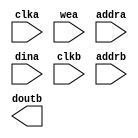
module fot_rst_bram(
  clka,
  wea,
  addra,
  dina,
  clkb,
  addrb,
  doutb
);

input clka;
input [0 : 0] wea;
input [10 : 0] addra;
input [4 : 0] dina;
input clkb;
input [10 : 0] addrb;
output [4 : 0] doutb;

// synthesis translate_off

  BLK_MEM_GEN_V6_1 #(
    .C_ADDRA_WIDTH(11),
    .C_ADDRB_WIDTH(11),
    .C_ALGORITHM(1),
    .C_AXI_ID_WIDTH(4),
    .C_AXI_SLAVE_TYPE(0),
    .C_AXI_TYPE(1),
    .C_BYTE_SIZE(9),
    .C_COMMON_CLK(0),
    .C_DEFAULT_DATA("0"),
    .C_DISABLE_WARN_BHV_COLL(0),
    .C_DISABLE_WARN_BHV_RANGE(0),
    .C_FAMILY("spartan6"),
    .C_HAS_AXI_ID(0),
    .C_HAS_ENA(0),
    .C_HAS_ENB(0),
    .C_HAS_INJECTERR(0),
    .C_HAS_MEM_OUTPUT_REGS_A(0),
    .C_HAS_MEM_OUTPUT_REGS_B(0),
    .C_HAS_MUX_OUTPUT_REGS_A(0),
    .C_HAS_MUX_OUTPUT_REGS_B(0),
    .C_HAS_REGCEA(0),
    .C_HAS_REGCEB(0),
    .C_HAS_RSTA(0),
    .C_HAS_RSTB(0),
    .C_HAS_SOFTECC_INPUT_REGS_A(0),
    .C_HAS_SOFTECC_OUTPUT_REGS_B(0),
    .C_INIT_FILE_NAME("no_coe_file_loaded"),
    .C_INITA_VAL("0"),
    .C_INITB_VAL("0"),
    .C_INTERFACE_TYPE(0),
    .C_LOAD_INIT_FILE(0),
    .C_MEM_TYPE(1),
    .C_MUX_PIPELINE_STAGES(0),
    .C_PRIM_TYPE(1),
    .C_READ_DEPTH_A(2048),
    .C_READ_DEPTH_B(2048),
    .C_READ_WIDTH_A(5),
    .C_READ_WIDTH_B(5),
    .C_RST_PRIORITY_A("CE"),
    .C_RST_PRIORITY_B("CE"),
    .C_RST_TYPE("SYNC"),
    .C_RSTRAM_A(0),
    .C_RSTRAM_B(0),
    .C_SIM_COLLISION_CHECK("ALL"),
    .C_USE_BYTE_WEA(0),
    .C_USE_BYTE_WEB(0),
    .C_USE_DEFAULT_DATA(0),
    .C_USE_ECC(0),
    .C_USE_SOFTECC(0),
    .C_WEA_WIDTH(1),
    .C_WEB_WIDTH(1),
    .C_WRITE_DEPTH_A(2048),
    .C_WRITE_DEPTH_B(2048),
    .C_WRITE_MODE_A("WRITE_FIRST"),
    .C_WRITE_MODE_B("WRITE_FIRST"),
    .C_WRITE_WIDTH_A(5),
    .C_WRITE_WIDTH_B(5),
    .C_XDEVICEFAMILY("spartan6")
  )
  inst (
    .CLKA(clka),
    .WEA(wea),
    .ADDRA(addra),
    .DINA(dina),
    .CLKB(clkb),
    .ADDRB(addrb),
    .DOUTB(doutb),
    .RSTA(),
    .ENA(),
    .REGCEA(),
    .DOUTA(),
    .RSTB(),
    .ENB(),
    .REGCEB(),
    .WEB(),
    .DINB(),
    .INJECTSBITERR(),
    .INJECTDBITERR(),
    .SBITERR(),
    .DBITERR(),
    .RDADDRECC(),
    .S_ACLK(),
    .S_ARESETN(),
    .S_AXI_AWID(),
    .S_AXI_AWADDR(),
    .S_AXI_AWLEN(),
    .S_AXI_AWSIZE(),
    .S_AXI_AWBURST(),
    .S_AXI_AWVALID(),
    .S_AXI_AWREADY(),
    .S_AXI_WDATA(),
    .S_AXI_WSTRB(),
    .S_AXI_WLAST(),
    .S_AXI_WVALID(),
    .S_AXI_WREADY(),
    .S_AXI_BID(),
    .S_AXI_BRESP(),
    .S_AXI_BVALID(),
    .S_AXI_BREADY(),
    .S_AXI_ARID(),
    .S_AXI_ARADDR(),
    .S_AXI_ARLEN(),
    .S_AXI_ARSIZE(),
    .S_AXI_ARBURST(),
    .S_AXI_ARVALID(),
    .S_AXI_ARREADY(),
    .S_AXI_RID(),
    .S_AXI_RDATA(),
    .S_AXI_RRESP(),
    .S_AXI_RLAST(),
    .S_AXI_RVALID(),
    .S_AXI_RREADY(),
    .S_AXI_INJECTSBITERR(),
    .S_AXI_INJECTDBITERR(),
    .S_AXI_SBITERR(),
    .S_AXI_DBITERR(),
    .S_AXI_RDADDRECC()
  );

// synthesis translate_on

endmodule